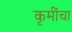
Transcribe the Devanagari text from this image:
कृमींचा